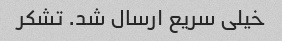
خیلی سریع ارسال شد. تشکر